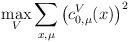
LaTeX: \begin{align*}\max_{V} \sum_{x,\mu } \left( c^{V}_{0, \mu } (x) \right)^{2}\end{align*}